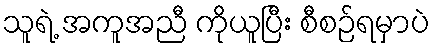
သူရဲ့ အကူအညီ ကိုယူပြီး စီစဉ်ရမှာပဲ